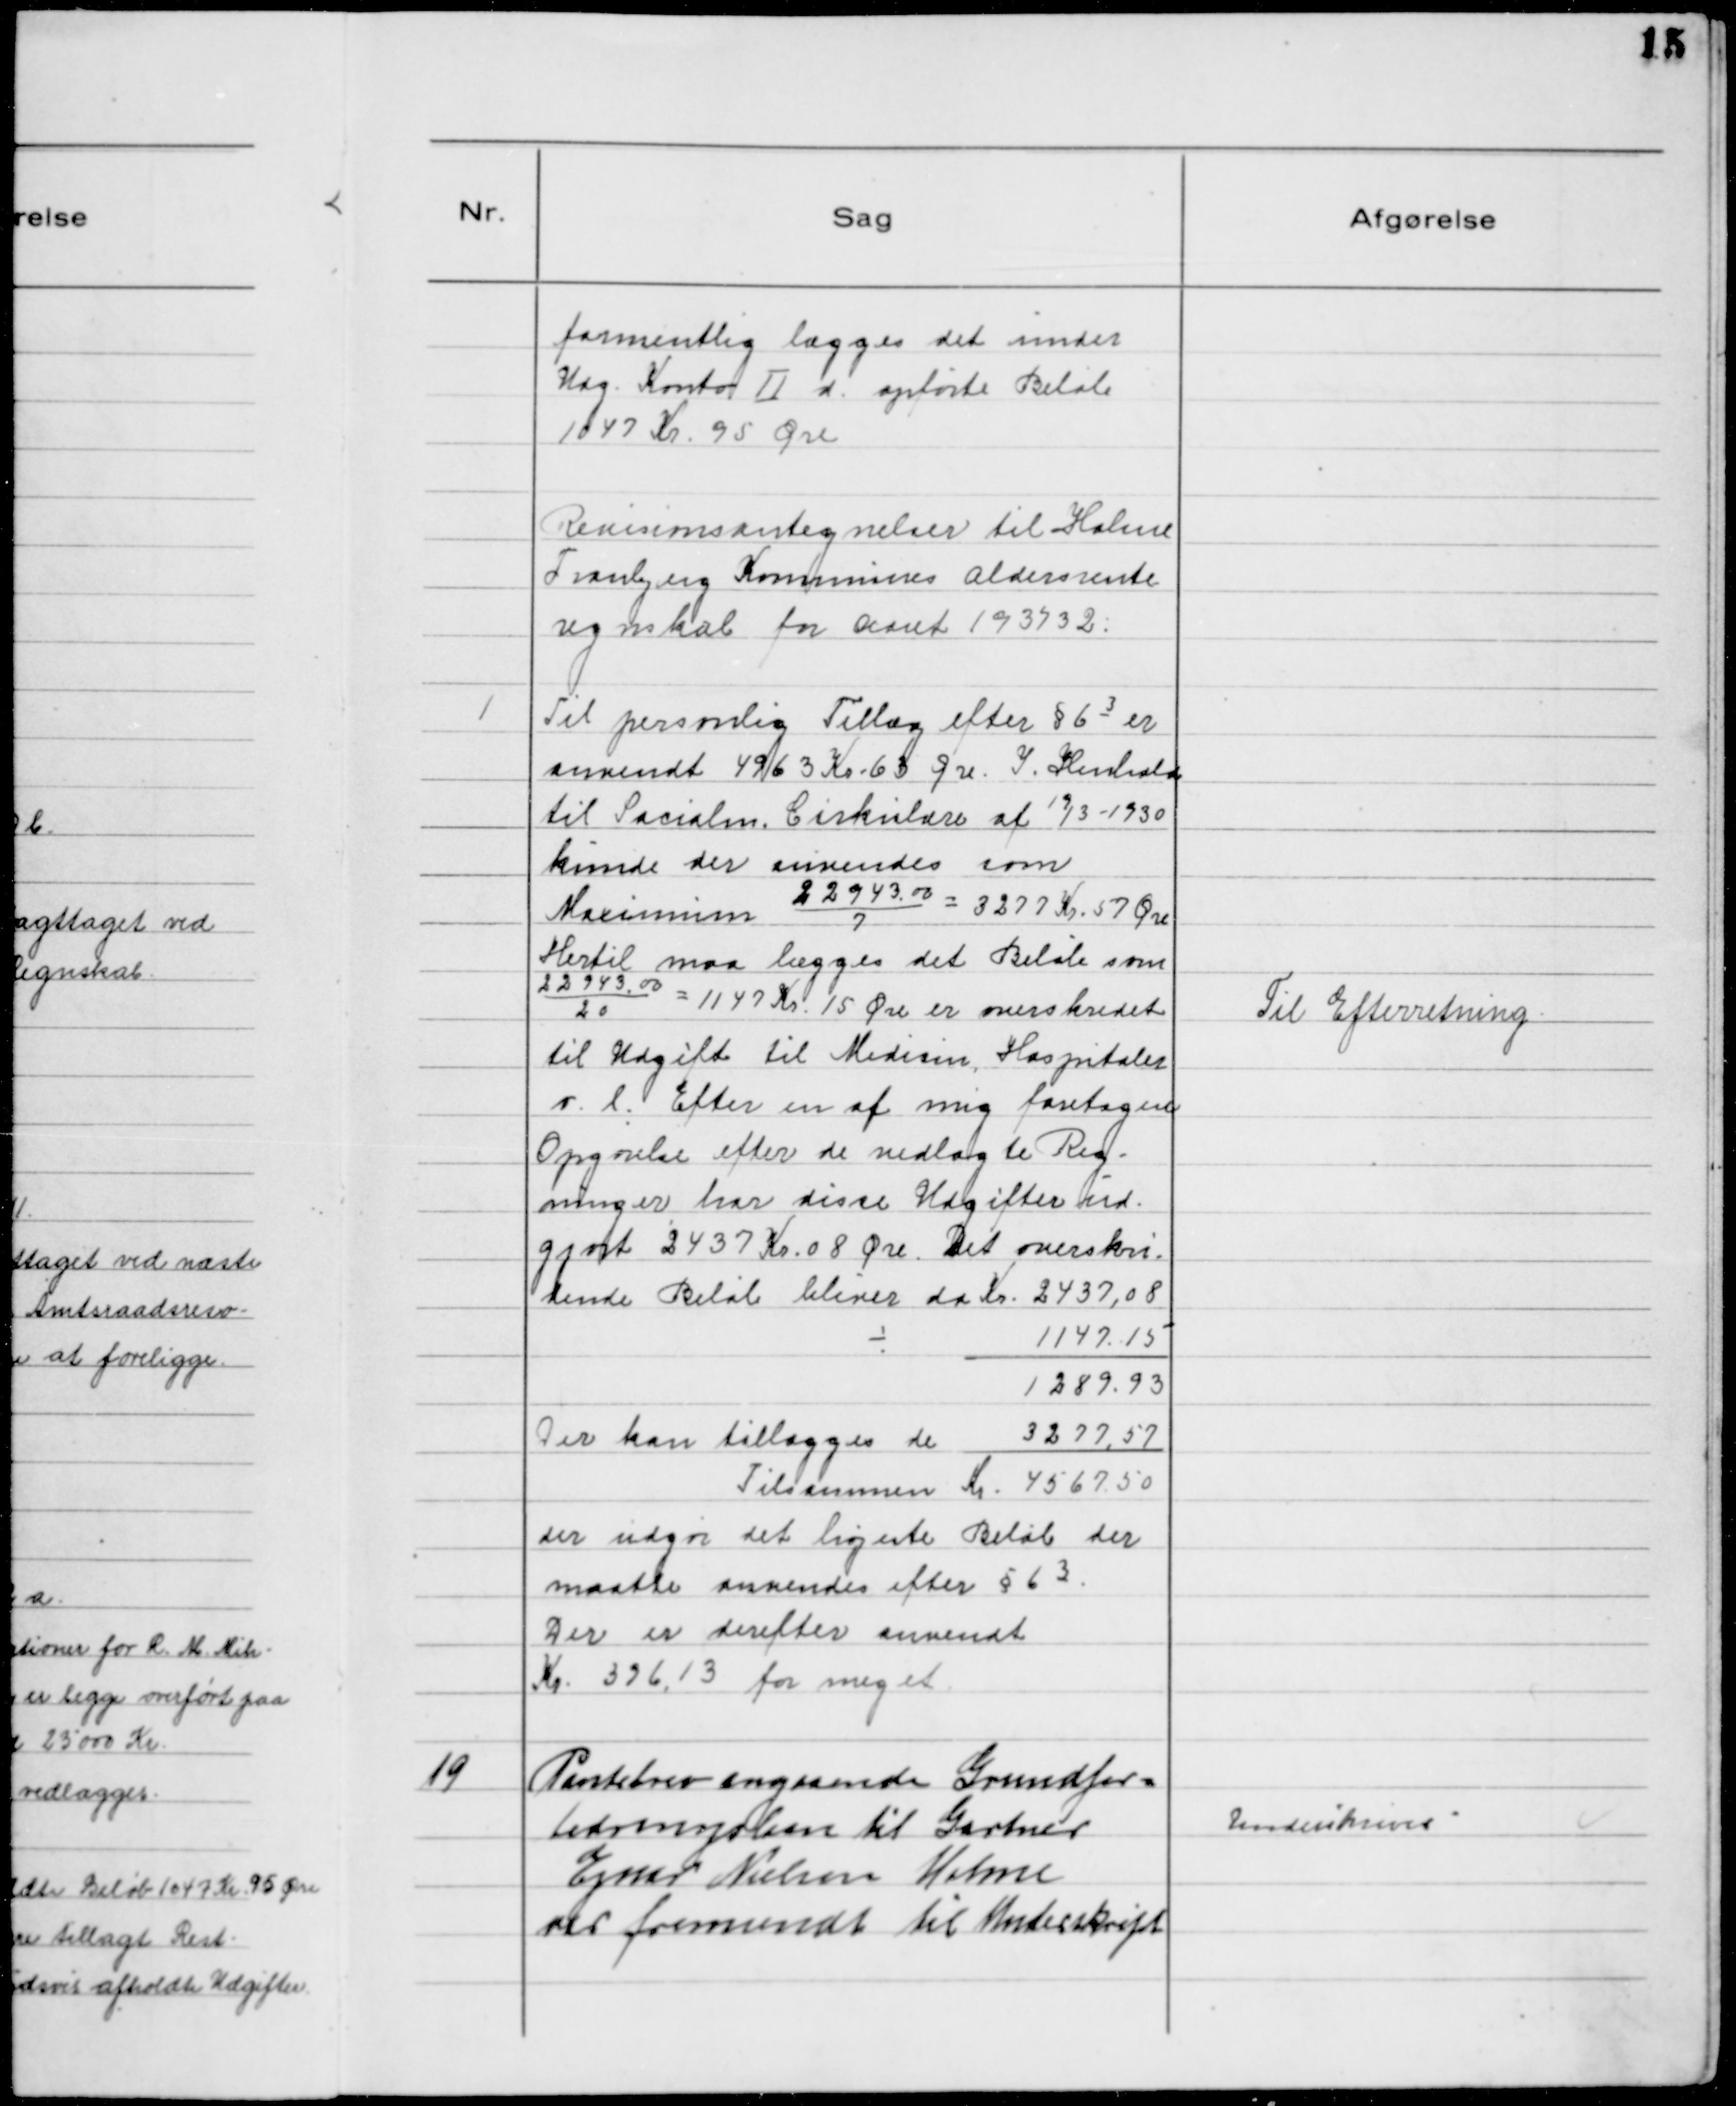
Transskription:
formentlig lægges det under
Udg. Konto Ⅱ d. opførte Beløb
1047 K.r 95 Øre

Revisionsantegnelser til Holme
Tranbjerg Kommunes Aldersrente
regnskab for Aaret 1931/32.
1
Til personlig Tillæg efter § 6 3 er
anvendt 4963 Kr 63 Øre. I Henhold
til Socialm. Cirkulære af 19/3 - 1930
kunde der anvendes som
Maximum 22943.00/7 = 3277 Kr. 57 Øre
Hertil maa lægges det Beløb som
22943.00/20 = 1147 Kr. 15 Øre er overskredet
til Udgift til Medicin, Hospitaler
o. l. Efter en af mig foretagen
Opgørelse efter de vedlagte Reg-
ninger har disse Udgifter ud-
gjort 2437 Kr. 08 Øre. Det overskri-
dende Beløb bliver da Kr. 2437,08
÷ 1147.15
1289.93
Der kan tillægges de 3277,57
Tilsammen Kr. 4567,50
der udgør det højeste Beløb der
maatte anvendes efter § 6 3
Der er derefter anvendt
Kr. 396,13 for meget

Til Efterretning

19
Pantebrev angaaende Grundfor-
bedringslaan til Gartner
Ejner Nielsen Holme
var fremsendt til Underskrift

Underskrives